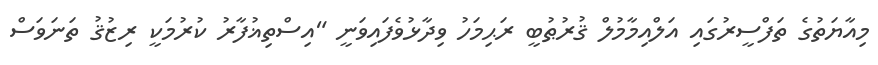
މިއާޔަތުގެ ތަފްސީރުގައި އަލްއިމާމުލް ޤުރުޠުބީ ރަޙިމަހު ވިދާޅުވެފައިވަނީ "އިސްތިޣުފާރު ކުރުމަކީ ރިޒުޤު ތަނަވަސް